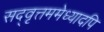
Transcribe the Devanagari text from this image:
सद्‌वृत्तममेध्यादपि